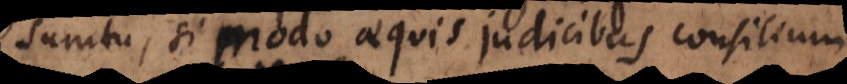
sumtu, si modo aequis judicibus consilium